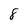
Character: 8